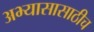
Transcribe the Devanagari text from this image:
अभ्यासासाठीच